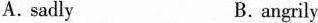
A.sadly B. angrily